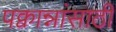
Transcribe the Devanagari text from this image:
पक्वान्नांसाठी